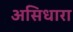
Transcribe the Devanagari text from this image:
असिधारा